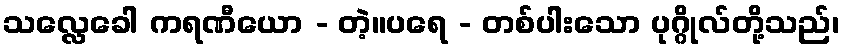
သလ္လေခေါ ကရဏီယော - တဲ့။ပရေ - တစ်ပါးသော ပုဂ္ဂိုလ်တို့သည်၊